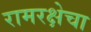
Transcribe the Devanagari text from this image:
रामरक्षेचा